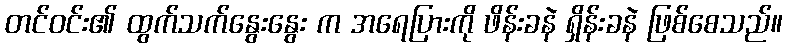
တင်ဝင်း၏ ထွက်သက်နွေးနွေး က အရေပြားကို ဖိန်းခနဲ ရှိန်းခနဲ ဖြစ်စေသည်။